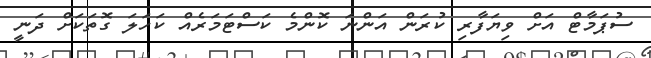
ސުޕަމާޓް އަށް ވިޔަފާރި ކުރަން އަންނަ ކޮންމެ ކަސްޓަމަރެއް ކަހަލަ ގޮތަކަށް ދަނީ